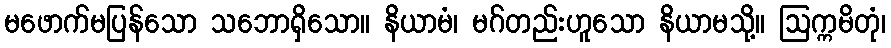
မဖောက်မပြန်သော သဘောရှိသော။ နိယာမံ၊ မဂ်တည်းဟူသော နိယာမသို့။ ဩက္ကမိတုံ၊